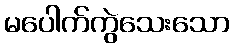
မပေါက်ကွဲသေးသော